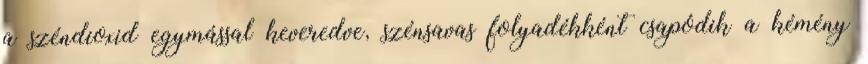
a széndioxid egymással keveredve, szénsavas folyadékként csapódik a kémény